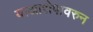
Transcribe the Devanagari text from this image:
याआरोपावरुन